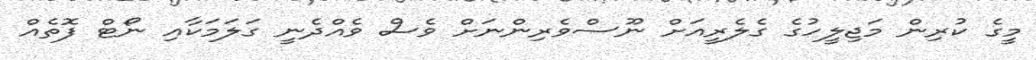
މީގެ ކުރިން މަޖިލީހުގެ ގެލެރީއަށް ނޫސްވެރިންނަށް ވެސް ވެއްދެނީ ގަލަމަކާއި ނޯޓް ފޮތެއް